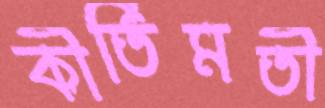
কীর্তিমতী